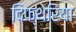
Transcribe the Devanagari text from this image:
दिफ्थेरिया